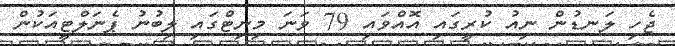
ޖެހި ލަނޑުން ނިއު ކުރީގައި އޮއްވައި 79 ވަނަ މިނިޓްގައި ލިބުނު ޕެނަލްޓީއަކުން